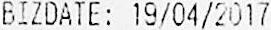
BIZDATE: 19/04/2017